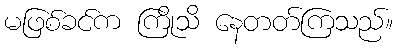
မဖြစ်ခင်က ကြိုသိ နေတတ်ကြသည်။